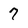
Character: 7